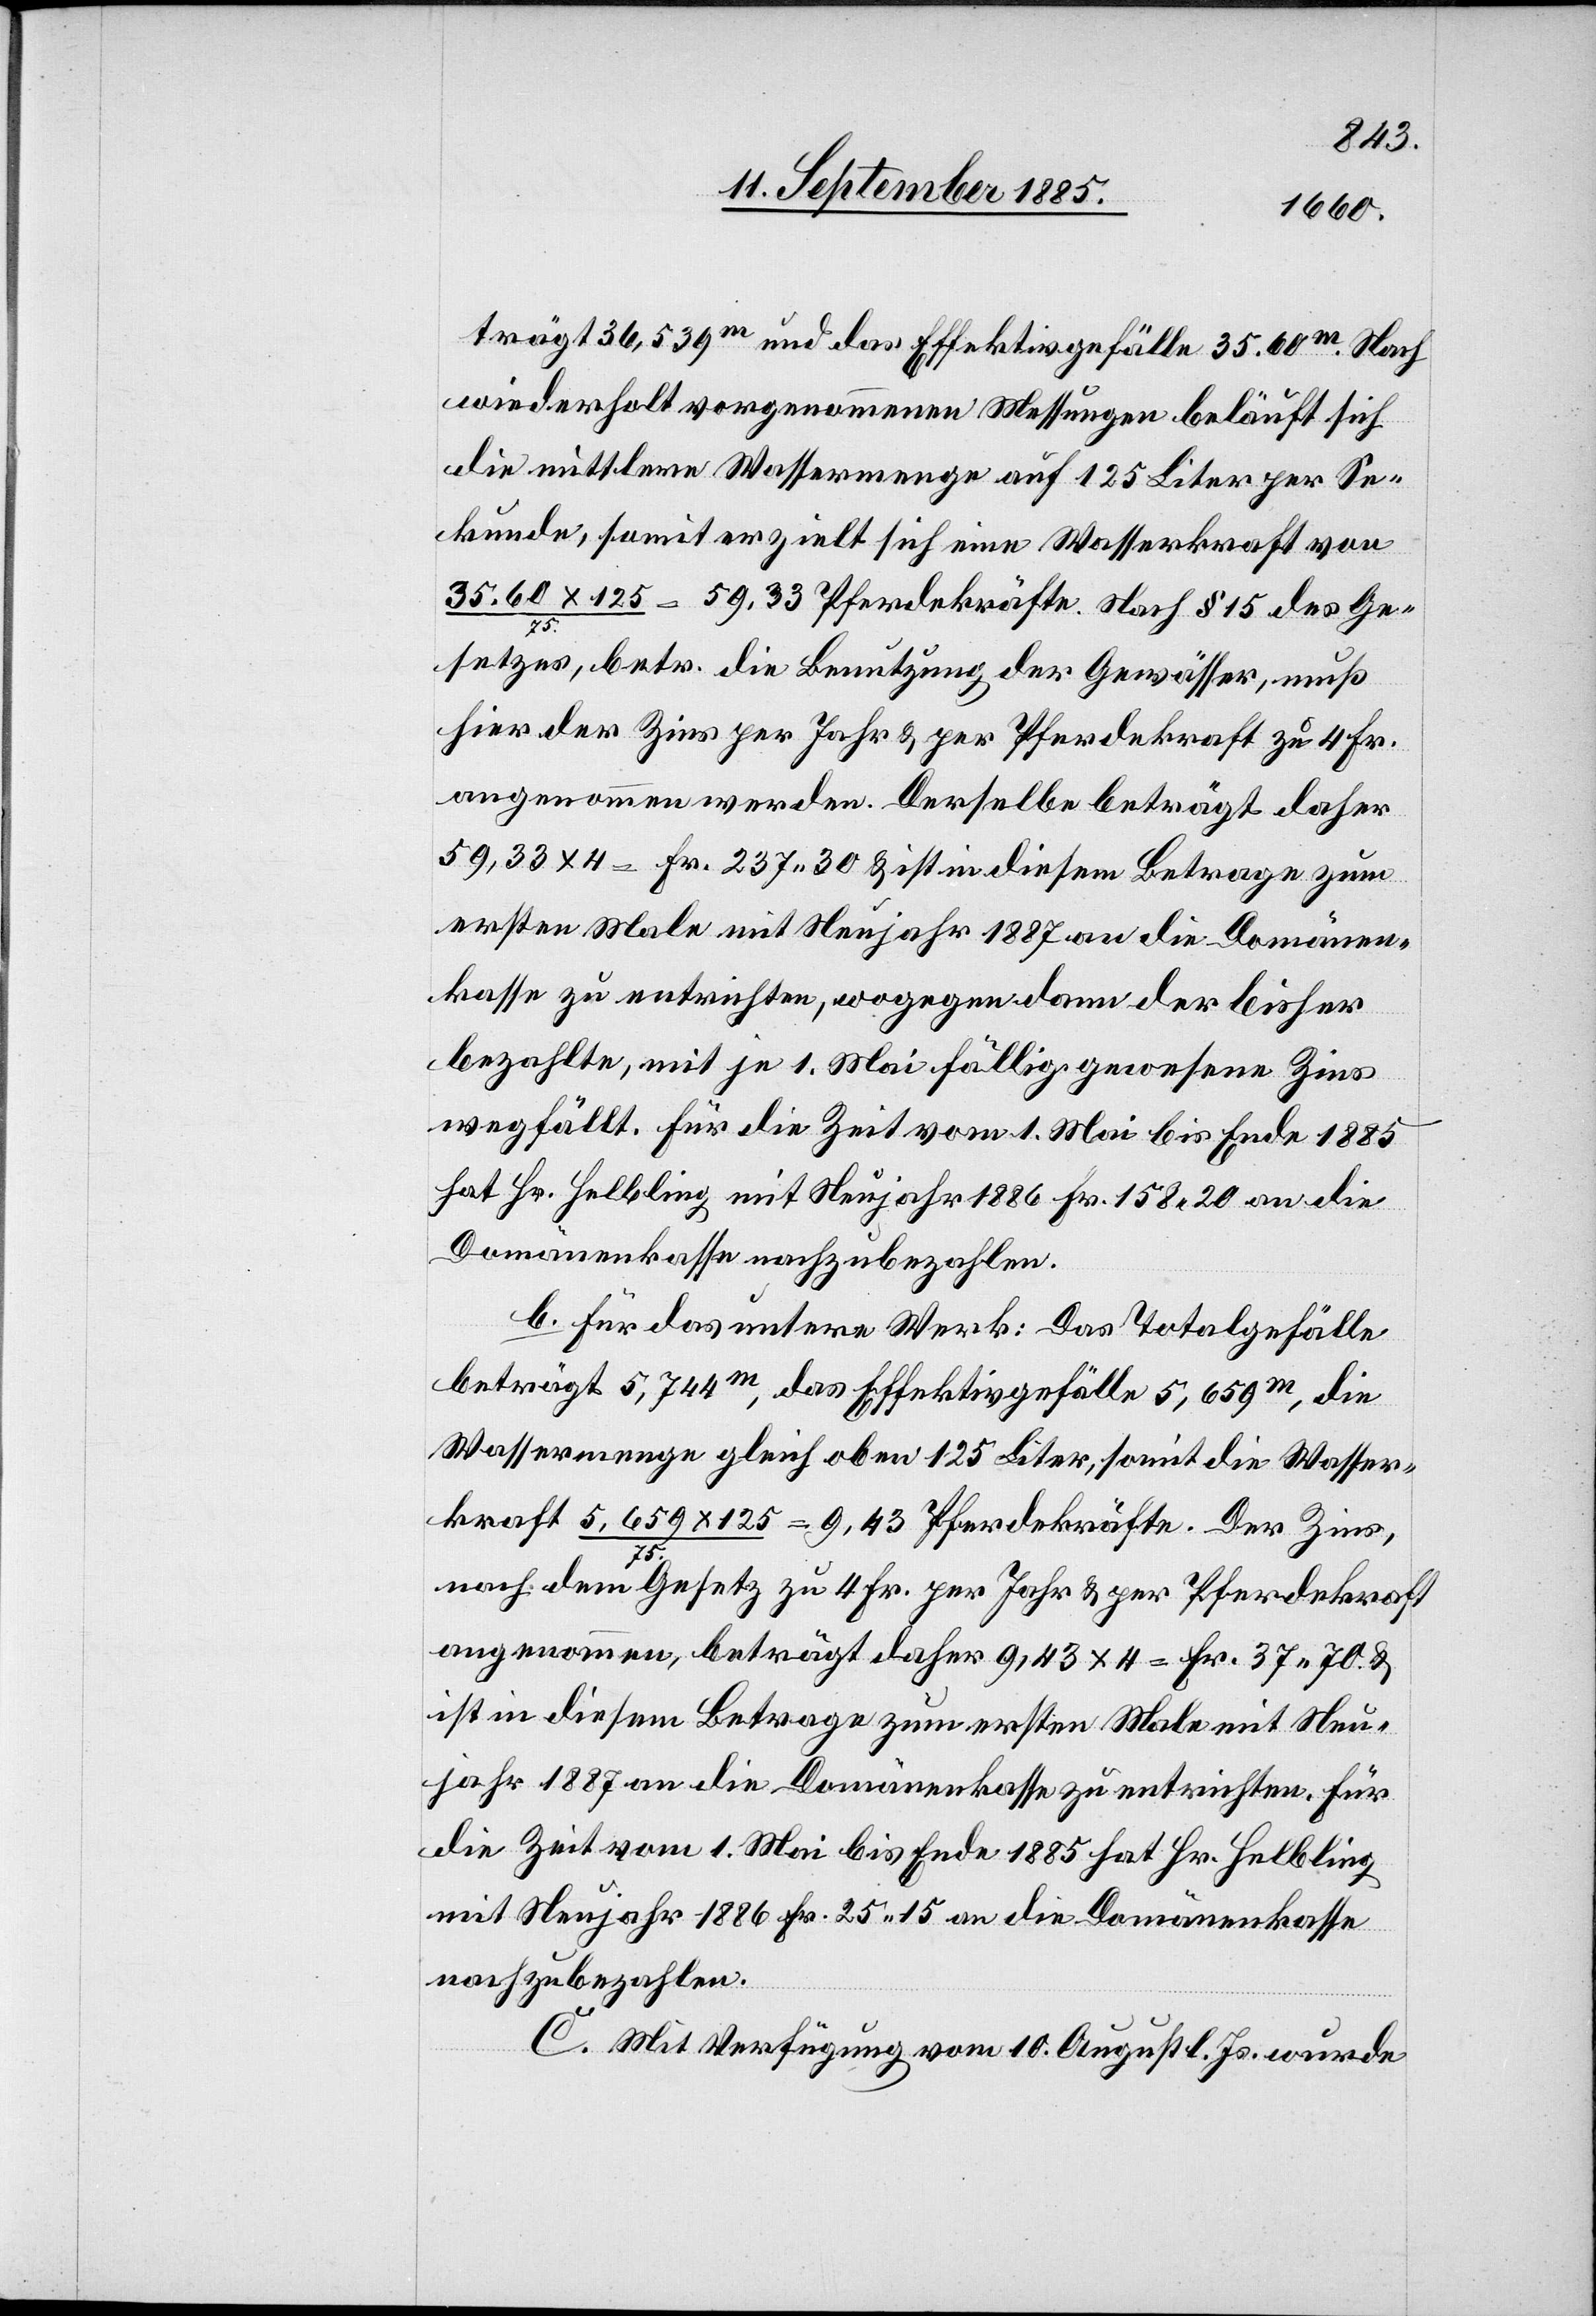
trägt 136,539m und das Effektivgefälle 35.60m. Nach
wiederholt vorgenommenen Messungen beläuft sich
die mittlere Wassermenge auf 125 Liter per Se¬
kunde, somit erzielt sich eine Wasserkraft von
35.60 x 125/75 = 59.33 Pferdekräfte. Nach § 15 des Ge¬
setzes, betr. die Benutzung der Gewässer, muß
hier der Zins per Jahr & per Pferdekraft zu 4 Fr.
angenommen werden. Derselbe beträgt daher
59,33 x 4 = Fr. 237 30 & ist in diesem Betrage zum
ersten Male mit Neujahr 1887 an die Domänen¬
kasse zu entrichten, wogegen dann der bisher
bezahlte, mit je 1. Mai fällig gewesene Zins
wegfällt. Für die Zeit vom 1. Mai bis Ende 1885
hat Hr. Helbling mit Neujahr 1886 Fr. 158 20 an die
Domänenkasse nachzubezahlen.
b. Für das untere Werk: Das Totalgefälle
beträgt 5,744m, das Effektivgefälle 5,659m, die
Wassermenge gleich oben 125 Liter, somit die Wasser¬
kraft 5,659 x 125/75 = 9,43 Pferdekräfte. Der Zins
nach dem Gesetz zu 4 Fr. per Jahr & per Pferdekraft
angenommen, beträgt daher 9,43 x 4 = Fr. 37 70 &
ist in diesem Betrage zum ersten Male mit Neu¬
jahr 1887 an die Domänenkasse zu entrichten. Für
die Zeit vom 1. Mai bis Ende 1885 hat Hr. Helbling
mit Neujahr 1886 Fr. 25 15 an die Domänenkasse
nachzubezahlen.
C. Mit Verfügung vom 10. August l. Js. wurde